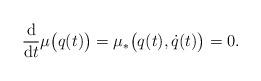
LaTeX: \begin{gather*} \frac{\mathrm{d}}{\mathrm{d}t} \mu \bigl( q (t) \bigr) = \mu _\ast \bigl( q (t) , \dot{q} (t) \bigr) = 0 . \end{gather*}